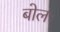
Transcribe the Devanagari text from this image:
बोलः